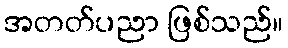
အတတ်ပညာ ဖြစ်သည်။